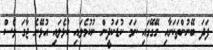
ފަދަ ބޭނުންތަކަށާއި ގޭގޭގައި ނަމަ ކުޑަކުދީން ނުކުމެލައި ކުޅެލައި އުޅޭނެ ޖާގަ ވެސް